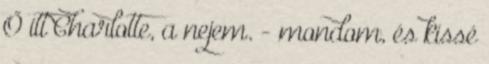
Ő itt Charlotte, a nejem. - mondom, és kissé